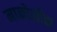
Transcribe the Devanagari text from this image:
मानोसीन